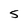
Character: 5